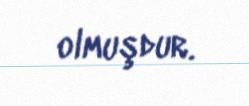
olmuşdur.